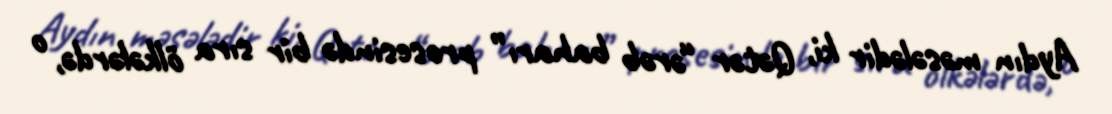
Aydın məsələdir ki, Qətər “ərəb baharı” prosesində bir sıra ölkələrdə, o